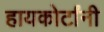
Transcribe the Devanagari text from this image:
हायकोर्टांनी